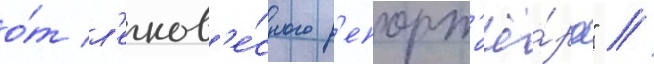
о́т л'егков'е́сного р'епорт'ё́ра" //